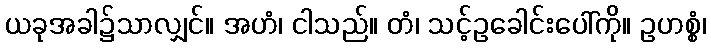
ယခုအခါ၌သာလျှင်။ အဟံ၊ ငါသည်။ တံ၊ သင့်ဥခေါင်းပေါ်ကို။ ဥဟစ္စံ၊